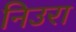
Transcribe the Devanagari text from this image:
निउरा